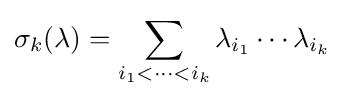
\sigma _{k}(\lambda )=\sum _{i_{1}<\cdots <i_{k}}\lambda _{i_{1}}\cdots \lambda _{i_{k}}